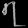
Digit: ၇